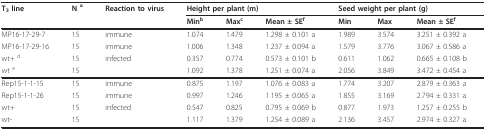
| T3 line | N a | Reaction to virus | <COLSPAN=3> Height per plant (m) | <COLSPAN=3> Seed weight per plant (g) |
 |  |  |  | Minb | Maxc | Mean ± SEf | Min | Max | Mean ± SEf |
 | --- | --- | --- | --- | --- | --- | --- | --- | --- |
 | MP16-17-29-7 | 15 | immune | 1.074 | 1.479 | 1.298 ± 0.101 a | 1.989 | 3.574 | 3.251 ± 0.392 a |
 | MP16-17-29-16 | 15 | immune | 1.006 | 1.348 | 1.237 ± 0.094 a | 1.579 | 3.776 | 3.067 ± 0.586 a |
 | wt+ d | 15 | infected | 0.357 | 0.774 | 0.573 ± 0.101 b | 0.611 | 1.062 | 0.665 ± 0.108 b |
 | wt e | 15 |  | 1.092 | 1.378 | 1.251 ± 0.074 a | 2.056 | 3.849 | 3.472 ± 0.454 a |
 | Rep15-1-1-15 | 15 | immune | 0.875 | 1.197 | 1.076 ± 0.083 a | 1.774 | 3.207 | 2.879 ± 0.363 a |
 | Rep15-1-1-26 | 15 | immune | 0.997 | 1.246 | 1.195 ± 0.065 a | 1.855 | 3.169 | 2.794 ± 0.331 a |
 | wt+ | 15 | infected | 0.547 | 0.825 | 0.795 ± 0.069 b | 0.877 | 1.973 | 1.257 ± 0.255 b |
 | wt- | 15 |  | 1.117 | 1.379 | 1.254 ± 0.089 a | 2.136 | 3.457 | 2.974 ± 0.327 a |